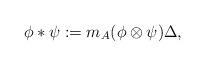
LaTeX: \begin{align*}\phi * \psi := m_A(\phi \otimes \psi) \Delta,\end{align*}